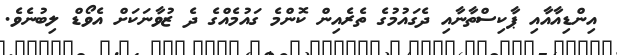
އިންޑިއާއާއި ޕާކިސްތާނާއި ދެގައުމުގެ ތެރެއިން ކޮންމެ ގައުމެއްގެ ދެ ޒުވާނަކަށް އެވޯޑް ލިބުނެވެ.